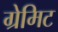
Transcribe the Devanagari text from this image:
ग्रेमिट